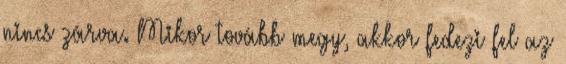
nincs zárva. Mikor tovább megy, akkor fedezi fel az